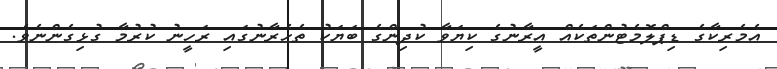
އެމެރިކާގެ ޑިޕްލޮމެޓުންތަކެއް އީރާނުގެ ކިޔަވާ ކުދިންގެ ބަޔަކު ތެހެރާނުގައި ރަހީނު ކުރުމާ ގުޅިގެންނެވެ.